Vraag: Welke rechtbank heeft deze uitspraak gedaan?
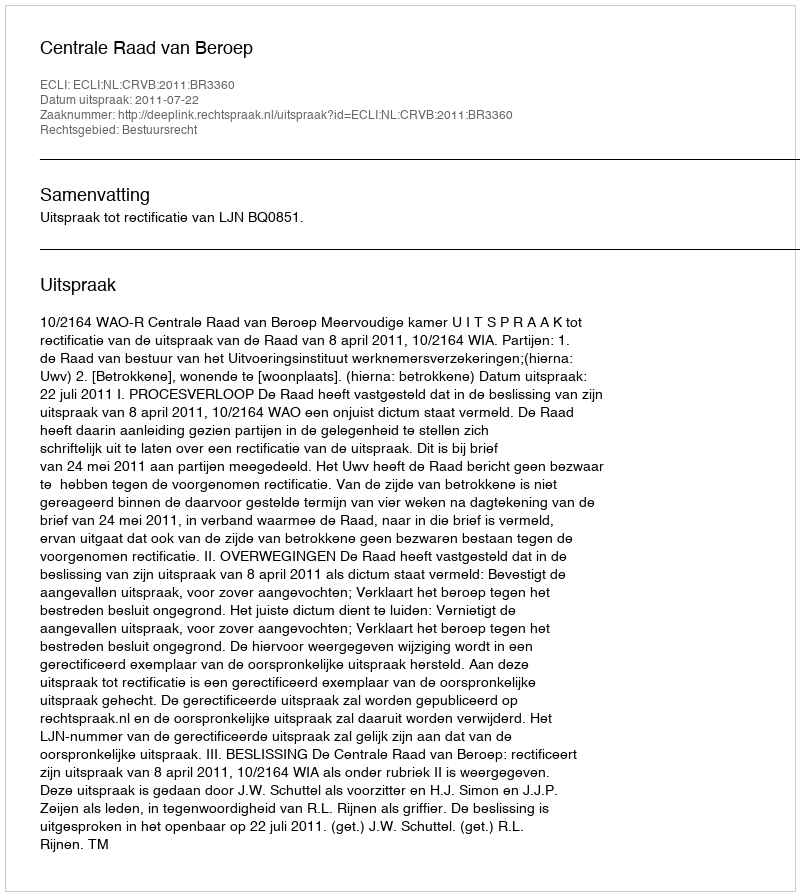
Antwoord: Centrale Raad van Beroep